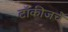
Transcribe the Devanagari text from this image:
टॉकीजचे